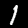
Digit: 1